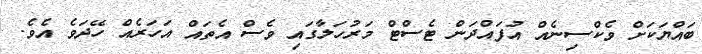
ބައްޔަކަށް ވެކްސިނެއް އުފައްދަން ޓެސްޓް މަރުހަލާގައި ވެސް އެތައް އަހަރެއް ހޭދަވެ އެވެ.